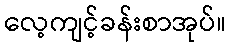
လေ့ကျင့်ခန်းစာအုပ်။